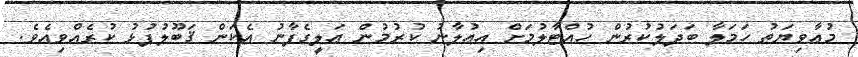
މުޢާވިޔަތު ހަމަލާ ބަދަލުކުރުން ހުއްޓާލުމަށް އިޢުލާނު ކުރުމުން ޢަލީގެފާނު އެކަން ޤަބޫލުފުޅު ކުރެއްވިއެވެ.